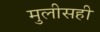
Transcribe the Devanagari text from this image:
मुलीसही